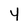
Character: y